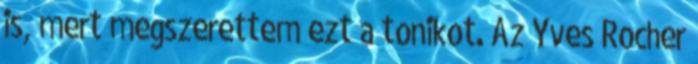
is, mert megszerettem ezt a tonikot. Az Yves Rocher